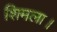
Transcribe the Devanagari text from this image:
शिमला।